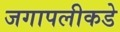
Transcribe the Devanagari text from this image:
जगापलीकडे